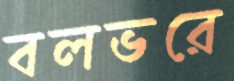
বলভরে